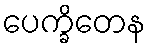
ပေက္ခိတေန